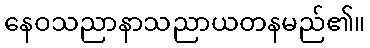
နေဝသညာနာသညာယတနမည်၏။